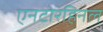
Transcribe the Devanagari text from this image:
एनटोरहिनल